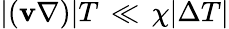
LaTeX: \vert(\mathbf{v}\nabla)\vert T\, \ll\, \chi\vert\Delta T\vert